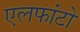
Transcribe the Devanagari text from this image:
एलफांटो